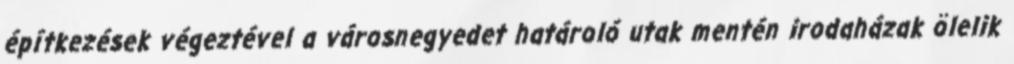
építkezések végeztével a városnegyedet határoló utak mentén irodaházak ölelik